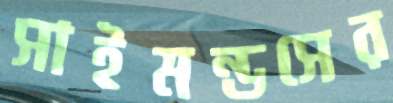
সাইমন্ডসের